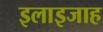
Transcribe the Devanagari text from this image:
इलाइजाह